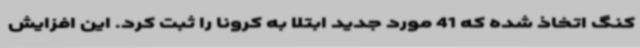
کنگ اتخاذ شده که 41 مورد جدید ابتلا به کرونا را ثبت کرد. این افزایش